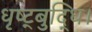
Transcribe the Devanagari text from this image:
धृष्ट्बुद्धि।